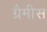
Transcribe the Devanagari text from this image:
ग्रैमीस